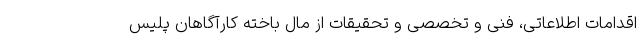
اقدامات اطلاعاتی، فنی و تخصصی و تحقیقات از مال باخته کارآگاهان پلیس